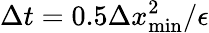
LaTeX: \Delta t=0.5\Delta x_{\mathrm{min}}^{2}/\epsilon